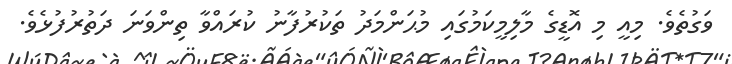
ވަގުތެވެ. މިއީ މި އޮޑީގެ މާލިމީކަމުގައި މުޙަންމަދު ތަކުރުފާނު ކުރައްވާ ތިންވަނަ ދަތުރުފުޅެވެ.